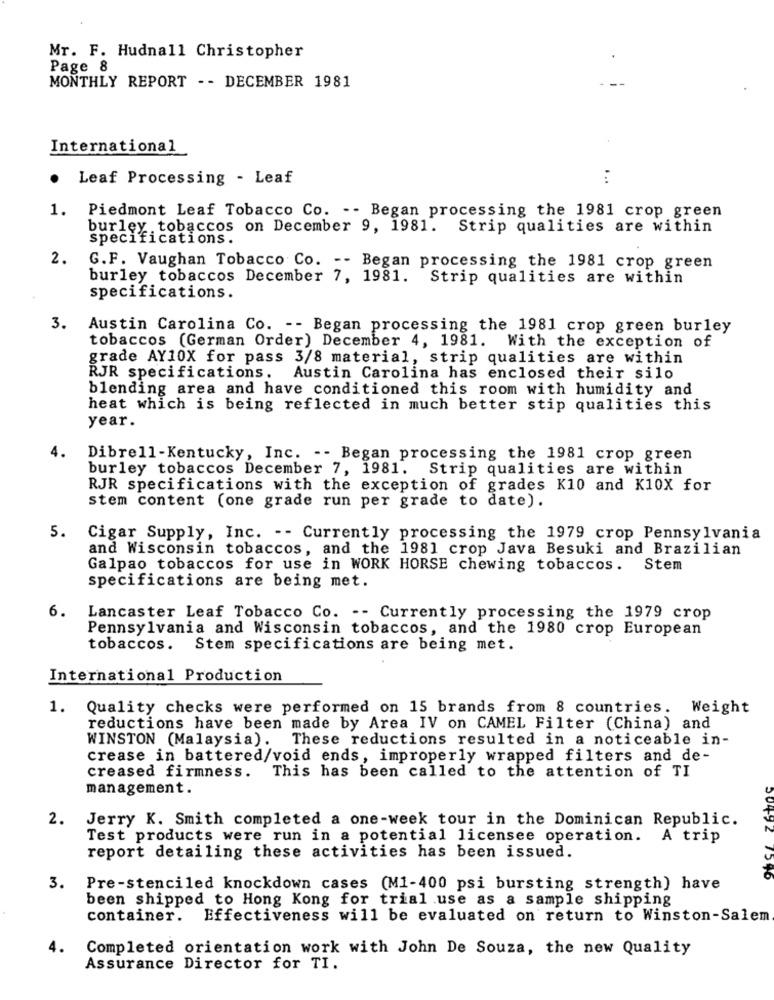
Mr. F. Hudnall Christopher
Page 8
MONTHLY REPORT -- DECEMBER 1981
International
Leaf Processing - Leaf
:
1. Piedmont Leaf Tobacco Co. -- Began processing the 1981 crop green
burley tobaccos on December 9, 1981. Strip qualities are within
specifications.
2.
G.F. Vaughan Tobacco Co. -- Began processing the 1981 crop green
burley tobaccos December 7, 1981. Strip qualities are within
specifications.
3.
Austin Carolina Co. -- Began processing the 1981 crop green burley
tobaccos (German Order) December 4, 1981. With the exception of
grade AY10X for pass 3/8 material, strip qualities are within
RJR specifications.
Austin Carolina has enclosed their silo
blending area and have conditioned this room with humidity and
heat which is being reflected in much better stip qualities this
year.
Dibrell-Kentucky, Inc. -- Began processing the 1981 crop green
burley tobaccos December 7, 1981. Strip qualities are within
RJR specifications with the exception of grades K10 and K10X for
stem content (one grade run per grade to date).
5.
Cigar Supply, Inc. -- Currently processing the 1979 crop Pennsylvania
and Wisconsin tobaccos, and the 1981 crop Java Besuki and Brazilian
Galpao tobaccos for use in WORK HORSE chewing tobaccos. Stem
specifications are being met.
6.
Lancaster Leaf Tobacco Co. -- Currently processing the 1979 crop
Pennsylvania and Wisconsin tobaccos, and the 1980 crop European
tobaccos. Stem specifications are being met.
International Production
1. Quality checks were performed on 15 brands from 8 countries. Weight
reductions have been made by Area IV on CAMEL Filter (China) and
WINSTON (Malaysia).
These reductions resulted in a noticeable in-
crease in battered/void ends, improperly wrapped filters and de-
creased firmness. This has been called to the attention of TI
management.
2.
Jerry K. Smith completed a one-week tour in the Dominican Republic.
Test products were run in a potential licensee operation. A trip
report detailing these activities has been issued.
50492 1596
3.
Pre-stenciled knockdown cases (M1-400 psi bursting strength) have
been shipped to Hong Kong for trial use as a sample shipping
container.
Effectiveness will be evaluated on return to Winston-Salem
4.
Completed orientation work with John De Souza, the new Quality
Assurance Director for TI.